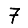
Digit: 7